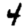
Digit: 4